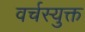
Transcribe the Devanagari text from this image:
वर्चस्युक्त